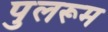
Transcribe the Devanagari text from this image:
पुलरूम